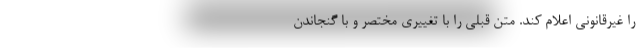
را غیرقانونی اعلام ‌کند. متن قبلی را با تغییری مختصر و با گنجاندن